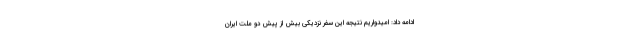
ادامه داد: امیدواریم نتیجه این سفر نزدیکی بیش از پیش دو ملت ایران